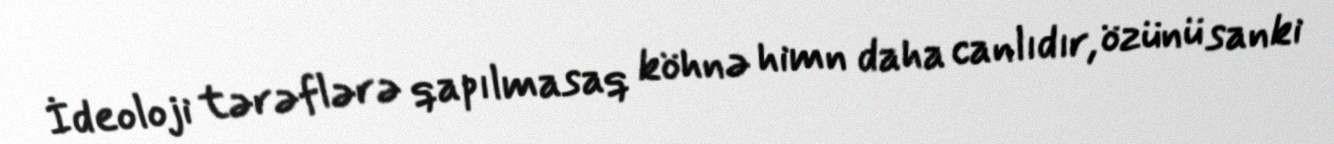
İdeoloji tərəflərə qapılmasaq köhnə himn daha canlıdır, özünü sanki